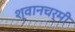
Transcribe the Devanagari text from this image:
श्वानचर्मी